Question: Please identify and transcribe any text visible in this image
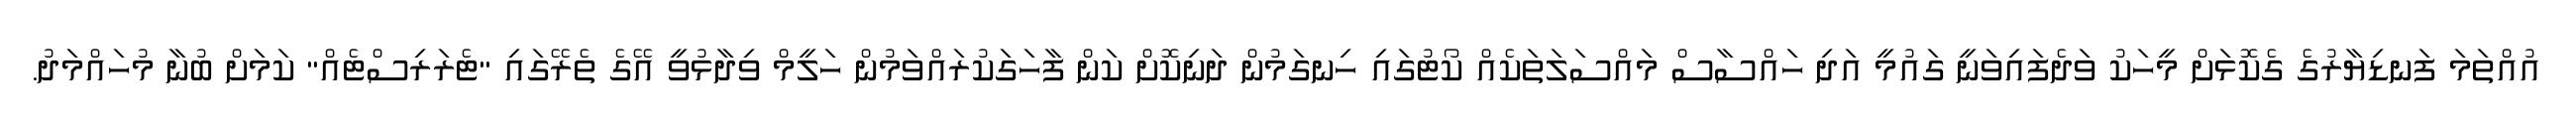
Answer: އުއްތަމަ ފަނޑިޔާރުގެ ގެކޮޅަށް މީހަކު ވަދެފައިވަނީ ގައުމީ އަދި ހައްސާސް މައްސަލަތަކެއް ކޯޓުގައި ހިނގަމުން ދަނިކޮށް ކަން ފާހަގަކުރައްވަމުން ހަލީމް ވިދާޅުވީ އޭގެ ތެރޭގައި "ޓެރަރިސްޓެއް" ކަމަށް ބުނާ މުހައްމަދު.